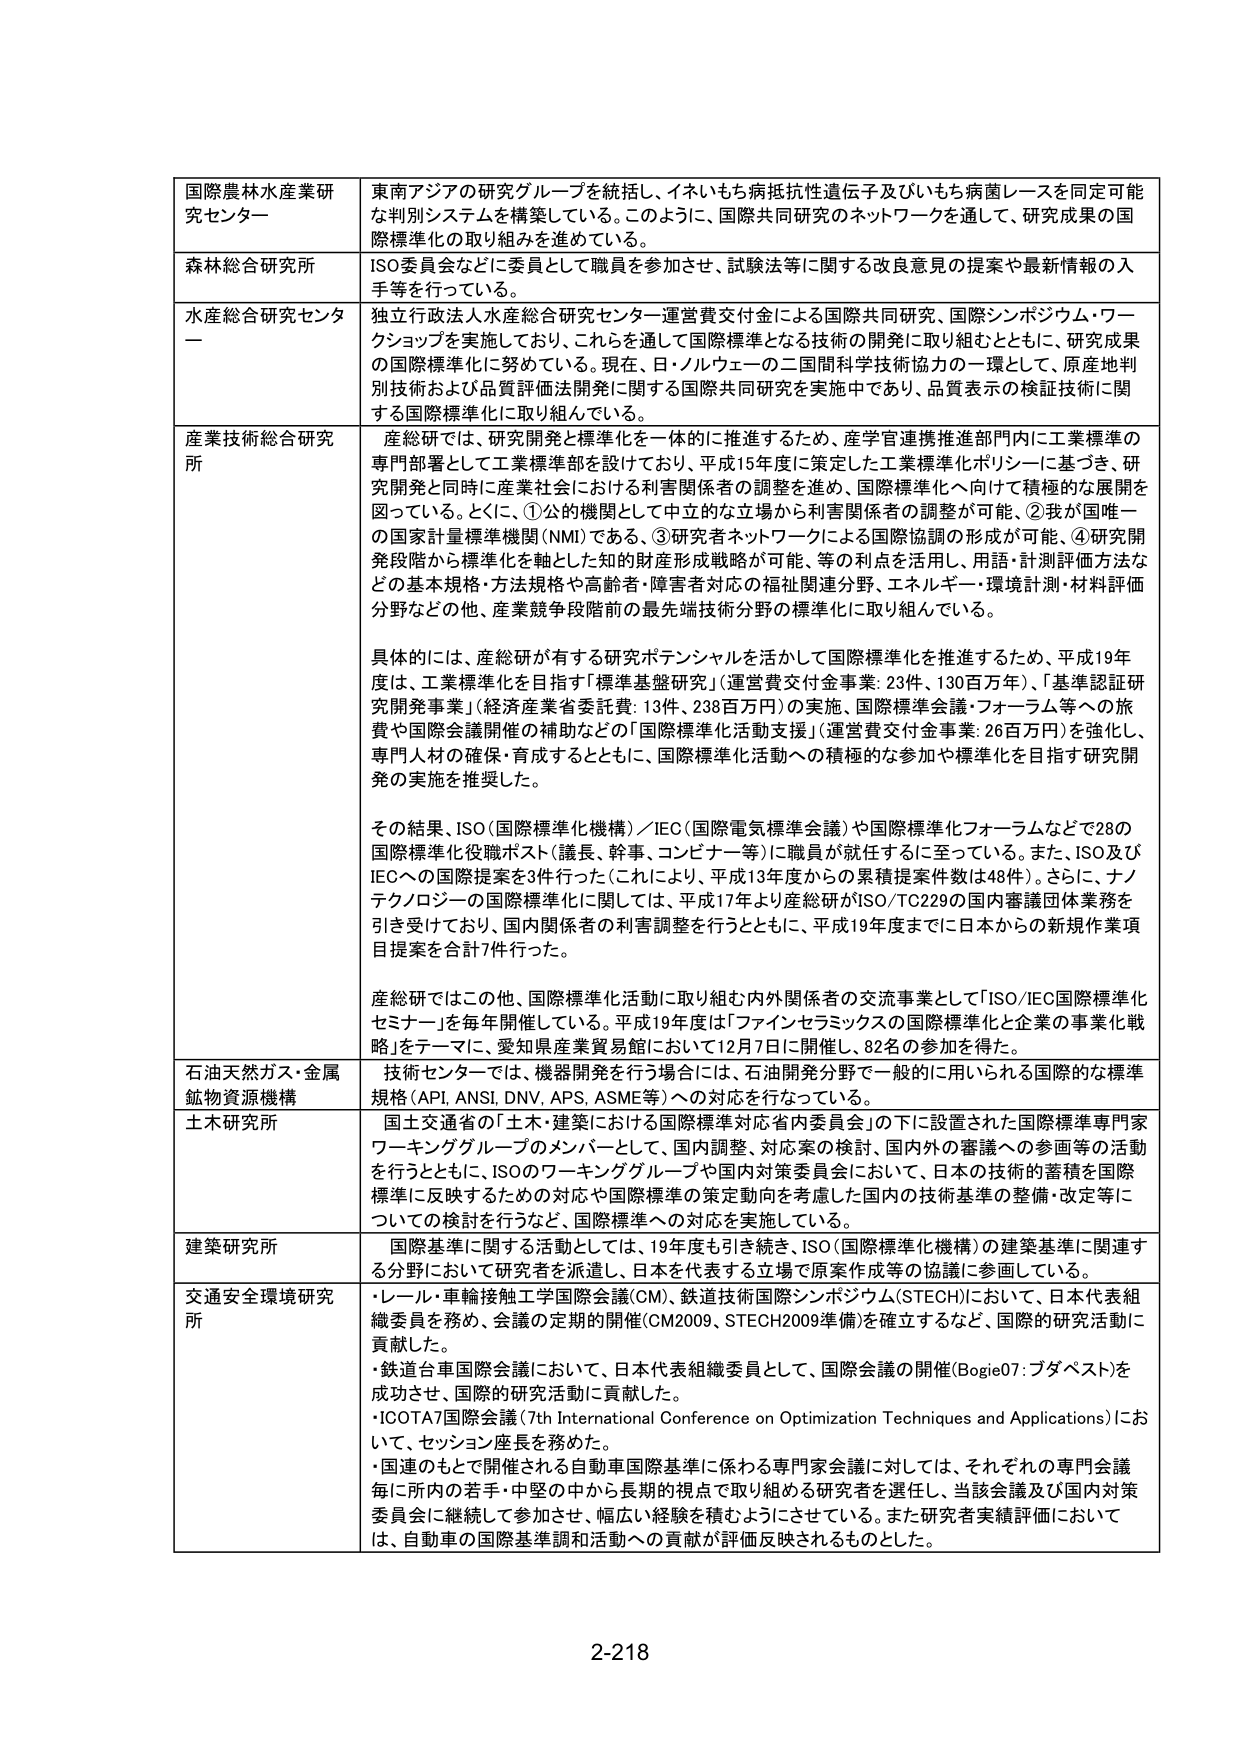
国際農林水産業研究センター
東南アジアの研究グループを統括し、イネいもち病抵抗性遺伝子及びいもち病菌レースを同定可能な判別システムを構築している。このように、国際共同研究のネットワークを通して、研究成果の国際標準化の取り組みを進めている。

森林総合研究所
ISO委員会などに委員として職員を参加させ、試験法等に関する改良意見の提案や最新情報の入手等を行っている。

水産総合研究センター
独立行政法人水産総合研究センター運営費交付金による国際共同研究、国際シンポジウム・ワークショップを実施しており、これを通して国際標準となる技術の開発に取り組むとともに、研究成果の国際標準化に努めている。現在、日・ノルウェーの二国間科学技術協力の一環として、原産地判別技術および品質評価法開発に関する国際共同研究を実施中であり、品質表示の検証技術に関する国際標準化に取り組んでいる。

産業技術総合研究所
産総研では、研究開発と標準化を一体的に推進するため、産学官連携推進部門内に工業標準の専門部署として工業標準部を設けており、平成15年度に策定した工業標準化ポリシーに基づき、研究開発と同時に産業社会における利害関係者の調整を進め、国際標準化へ向けて積極的な展開を図っている。とくに、①公的機関として中立的な立場で利害関係者の調整が可能、②我が国唯一の国家計量標準機関(NMI)である、③研究者ネットワークによる国際協調の形成が可能、④研究開発段階から標準化を軸とした知的財産形成戦略が可能、等の利点を活用し、用語・計測評価方法などの基本規格・方法規格や高齢者・障害者対応の福祉関連分野、エネルギー・環境計測・材料評価分野などの他、産業競争段階前の最先端技術分野の標準化に取り組んでいる。

具体的には、産総研が有する研究ポテンシャルを活かして国際標準化を推進するため、平成19年度は、工業標準化を目指す「標準基盤研究」（運営費交付金事業：23件、130百万円）、「基準認証研究開発事業」（経済産業省委託費：13件、238百万円）の実施、国際標準会議・フォーラム等への旅費や国際会議開催の補助などの「国際標準化活動支援」（運営費交付金事業：26百万円）を強化し、専門人材の確保・育成するとともに、国際標準化活動への積極的な参加や標準化を目指す研究開発の実施を推奨した。

その結果、ISO（国際標準化機構）／IEC（国際電気標準会議）や国際標準化フォーラムなどで28の国際標準化役職ポスト（議長、幹事、コンビナー等）に職員が就任するに至っている。また、ISO及びIECへの国際提案を3件行った（これにより、平成13年度からの累積提案件数は48件）。さらに、ナノテクノロジーの国際標準化に関しては、平成17年より産総研がISO/TC229の国内審議団体業務を引き受けており、国内関係者の利害調整を行うとともに、平成19年度までに日本からの新規作業項目提案を合計7件行った。

産総研ではこの他、国際標準化活動に取り組む内外関係者の交流事業として「ISO/IEC国際標準化セミナー」を毎年開催している。平成19年度は「ファイバセラミックスの国際標準化と企業の事業化戦略」をテーマに、愛知県産業貿易館において12月7日に開催し、82名の参加を得た。

石油天然ガス・金属鉱物資源機構
技術センターでは、機器開発を行う場合には、石油開発分野で一般的に用いられる国際的な標準規格（API、ANSI、DNV、APS、ASME等）への対応を行なっている。

土木研究所
国土交通省の「土木・建築における国際標準対応省内委員会」の下に設置された国際標準専門家ワーキンググループのメンバーとして、国内調整、対応案の検討、国内外の審議への参画等の活動を行うとともに、ISOのワーキンググループや国内対策委員会において、日本の技術の蓄積を国際標準に反映するための対応や国際標準の策定動向を考慮した国内の技術基準の整備・改定等についての検討を行うなど、国際標準への対応を実施している。

建築研究所
国際基準に関する活動としては、19年度も引き続き、ISO（国際標準化機構）の建築基準に関連する分野において研究者を派遣し、日本を代表する立場で原案作成等の協議に参画している。

交通安全環境研究所
・レール・車輪接触工学国際会議(CM)、鉄道技術国際シンポジウム(STECH)において、日本代表組織委員を務め、会議の定期的開催(CM2009、STECH2009準備)を確立するなど、国際的研究活動に貢献した。
・鉄道台車国際会議において、日本代表組織委員として、国際会議の開催(Bogie07：ブダペスト)を成功させ、国際的研究活動に貢献した。
・ICOTA7国際会議（7th International Conference on Optimization Techniques and Applications）において、セッション座長を務めた。
・国連のもとで開催される自動車国際基準に係わる専門家会議に対しては、それぞれの専門会議毎に所内の若手・中堅の中から長期的視点で取り組める研究者を選任し、当該会議及び国内対策委員会に継続して参加させ、幅広い経験を積むようにさせている。また研究者実績評価においては、自動車の国際基準調和活動への貢献が評価反映されるものとした。

2-218